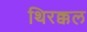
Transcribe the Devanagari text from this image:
थिरक्कल